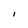
Character: I